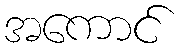
အကောင်